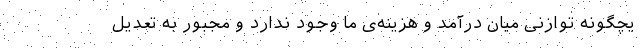
یچگونه توازنی میان درآمد و هزینه‌‌ی ما وجود ندارد و مجبور به تعدیل